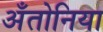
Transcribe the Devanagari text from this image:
अँतोनिया